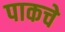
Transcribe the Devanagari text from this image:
पाकचे